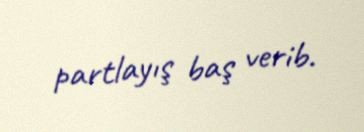
partlayış baş verib.